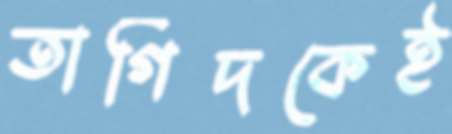
তাগিদকেই